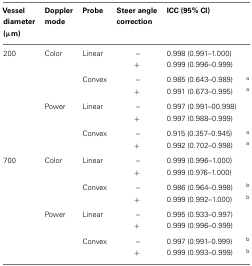
| Vessel diameter (μm) | Doppler mode | Probe | Steer angle correction | ICC (95% CI) |  |
 | --- | --- | --- | --- | --- | --- |
 | 200 | Color | Linear | – | 0.998 (0.991–1.000) |  |
 |  |  |  | + | 0.999 (0.996–0.999) |  |
 |  |  | Convex | – | 0.985 (0.643–0.989) | a |
 |  |  |  | + | 0.991 (0.673–0.995) | a |
 |  | Power | Linear | – | 0.997 (0.991–00.998) |  |
 |  |  |  | + | 0.997 (0.988–0.999) |  |
 |  |  | Convex | – | 0.915 (0.357–0.945) | a |
 |  |  |  | + | 0.992 (0.702–0.998) | a |
 | 700 | Color | Linear | – | 0.999 (0.996–1.000) |  |
 |  |  |  | + | 0.999 (0.976–1.000) |  |
 |  |  | Convex | – | 0.986 (0.964–0.998) | b |
 |  |  |  | + | 0.999 (0.992–1.000) | b |
 |  | Power | Linear | – | 0.995 (0.933–0.997) |  |
 |  |  |  | + | 0.999 (0.996–0.999) |  |
 |  |  | Convex | – | 0.997 (0.991–0.999) | b |
 |  |  |  | + | 0.999 (0.993–0.999) | b |